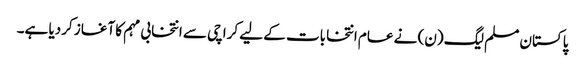
پاکستان مسلم لیگ (ن) نے عام انتخابات کے لیے کراچی سے انتخابی مہم کا آغاز کردیا ہے۔